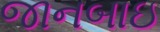
જાનબાઇ